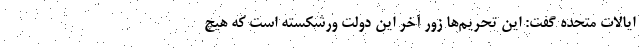
ایالات متحده گفت: این تحریم‌ها زور آخر این دولت ورشکسته است که هیچ